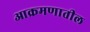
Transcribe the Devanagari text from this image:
आक्रमणातील